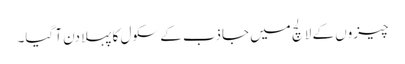
چیزوں کے لالچ میں جاذب کے سکول کا پہلا دن آ گیا۔